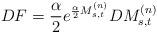
LaTeX: \begin{align*}DF=\frac{\alpha}{2}e^{\frac{\alpha}{2}M_{s,t}^{(n)}}DM_{s,t}^{(n)}\end{align*}